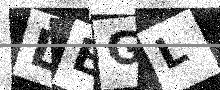
Text: LBGL